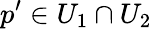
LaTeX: p^{\prime}\in U_{1}\cap U_{2}